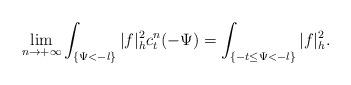
LaTeX: \begin{align*} \lim_{n\rightarrow+\infty}\int_{\{\Psi<-l\}}|f|_h^2c_t^n(-\Psi)=\int_{\{-t\leq\Psi<-l\}}|f|_h^2. \end{align*}